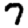
Digit: 7